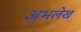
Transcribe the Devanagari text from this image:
अभलेख